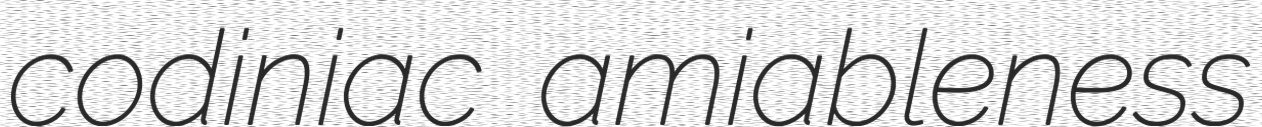
codiniac amiableness